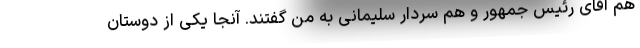
هم آقای رئیس جمهور و هم سردار سلیمانی به من گفتند. آنجا یکی از دوستان